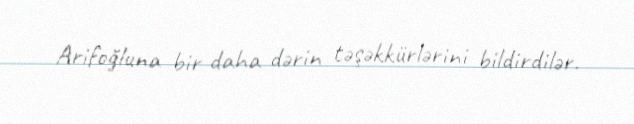
Arifoğluna bir daha dərin təşəkkürlərini bildirdilər.